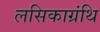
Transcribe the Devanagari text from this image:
लसिकाग्रंथि